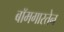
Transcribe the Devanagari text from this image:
बॉमगारतेन